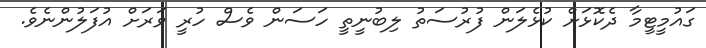
ގައުމީޓީމާ ދެކޮޅަށް ކުޅެލަން ފުރުސަތު ލިބުނީތީ ހަސަން ވެސް ހުރީ ވަރަށް އުފަލުންނެވެ.